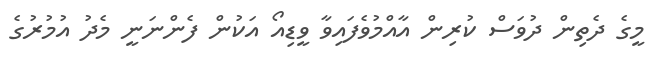
މީގެ ދެތިން ދުވަސް ކުރިން އާއްމުވެފައިވާ ވީޑިއޯ އަކުން ފެންނަނީ މެދު އުމުރުގެ